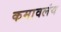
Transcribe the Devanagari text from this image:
कमावलंय